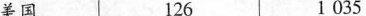
美国 126 1035